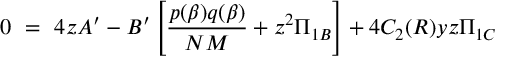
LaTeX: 0 ~ = ~ 4 z A ^ { \prime } - B ^ { \prime } \left[ \frac { p ( \beta ) q ( \beta ) } { N M } + z ^ { 2 } \Pi _ { 1 B } \right] + 4 C _ { 2 } ( R ) y z \Pi _ { 1 C }